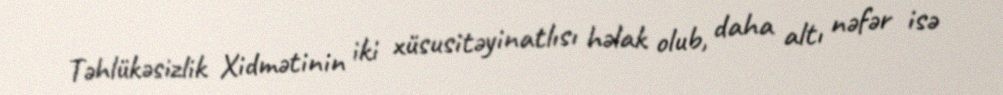
Təhlükəsizlik Xidmətinin iki xüsusitəyinatlısı həlak olub, daha altı nəfər isə